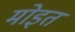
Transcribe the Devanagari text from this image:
मोइत